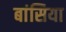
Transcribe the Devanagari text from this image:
बांसिया